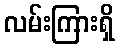
လမ်းကြားရှိ